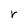
Character: r